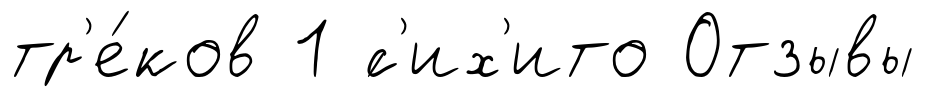
тр'е́ков 1 ́с'их'ито Отзывы